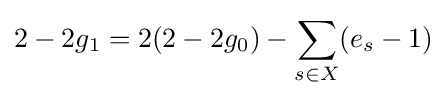
2-2g_{1}=2(2-2g_{0})-\sum _{s\in X}(e_{s}-1)